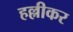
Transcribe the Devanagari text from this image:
हल्लीकर